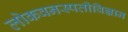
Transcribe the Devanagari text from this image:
लोकवनस्पतीविज्ञान